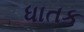
ધાતક